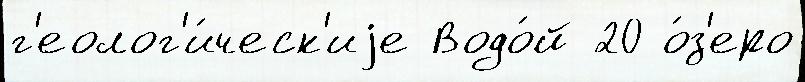
г'еолог'и́ческ'иjе Водо́й 20 о́з'еро